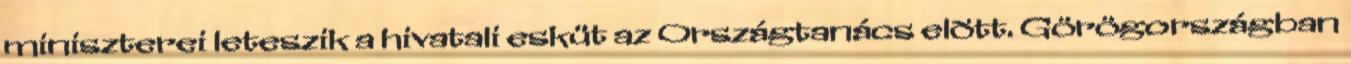
miniszterei leteszik a hivatali esküt az Országtanács elõtt. Görögországban